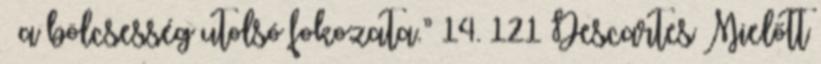
– a bölcsesség utolsó fokozata.” 14. 121 Descartes Mielőtt